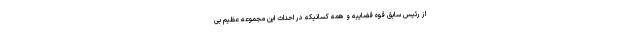
از رئیس سابق قوه قضاییه و همه کسانیکه در احداث این مجموعه عظیم بی